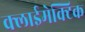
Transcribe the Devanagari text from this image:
क्लाईमेक्टिक